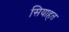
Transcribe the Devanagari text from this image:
सियाहत